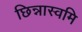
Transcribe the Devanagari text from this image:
छिन्नास्वमि